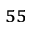
^ { 5 5 }